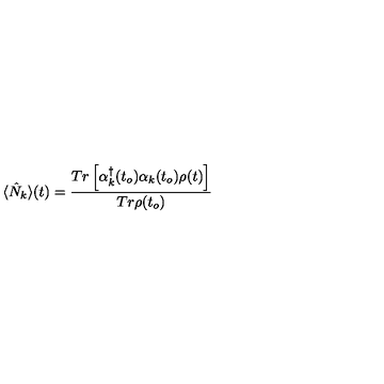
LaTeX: \langle \hat { N } _ { k } \rangle ( t ) = \frac { T r \left[ \alpha _ { k } ^ { \dagger } ( t _ { o } ) \alpha _ { k } ( t _ { o } ) \rho ( t ) \right] } { T r \rho ( t _ { o } ) }